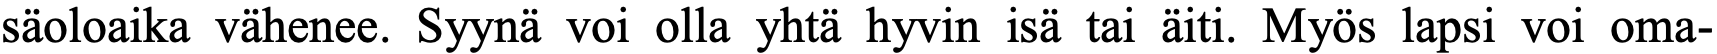
säoloaika vähenee. Syynä voi olla yhtä hyvin isä tai äiti. Myös lapsi voi oma-